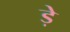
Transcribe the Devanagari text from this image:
ड़े